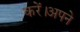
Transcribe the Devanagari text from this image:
करें।अपने